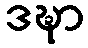
ဒဍ္ဎာ